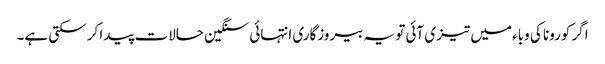
اگر کورونا کی وباء میں تیزی آئی تو یہ بیروزگاری انتہائی سنگین حالات پیدا کر سکتی ہے۔